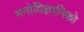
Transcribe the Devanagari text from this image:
मनोविज्ञानिको